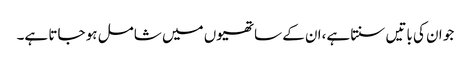
جو ان کی باتیں سنتا ہے،ان کے ساتھیوں میں شامل ہو جاتا ہے۔